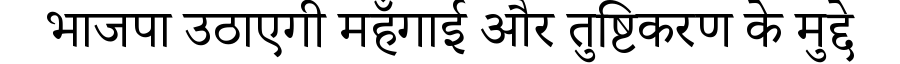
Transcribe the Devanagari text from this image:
भाजपा उठाएगी महँगाई और तुष्टिकरण के मुद्दे